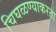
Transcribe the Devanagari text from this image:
चिघळण्याकरता